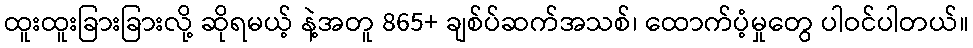
ထူးထူးခြားခြားလို့ ဆိုရမယ့် နဲ့အတူ 865+ ချစ်ပ်ဆက်အသစ်၊ ထောက်ပံ့မှုတွေ ပါဝင်ပါတယ်။